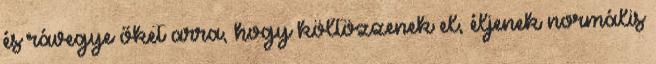
és rávegye őket arra, hogy költözzenek el, éljenek normális